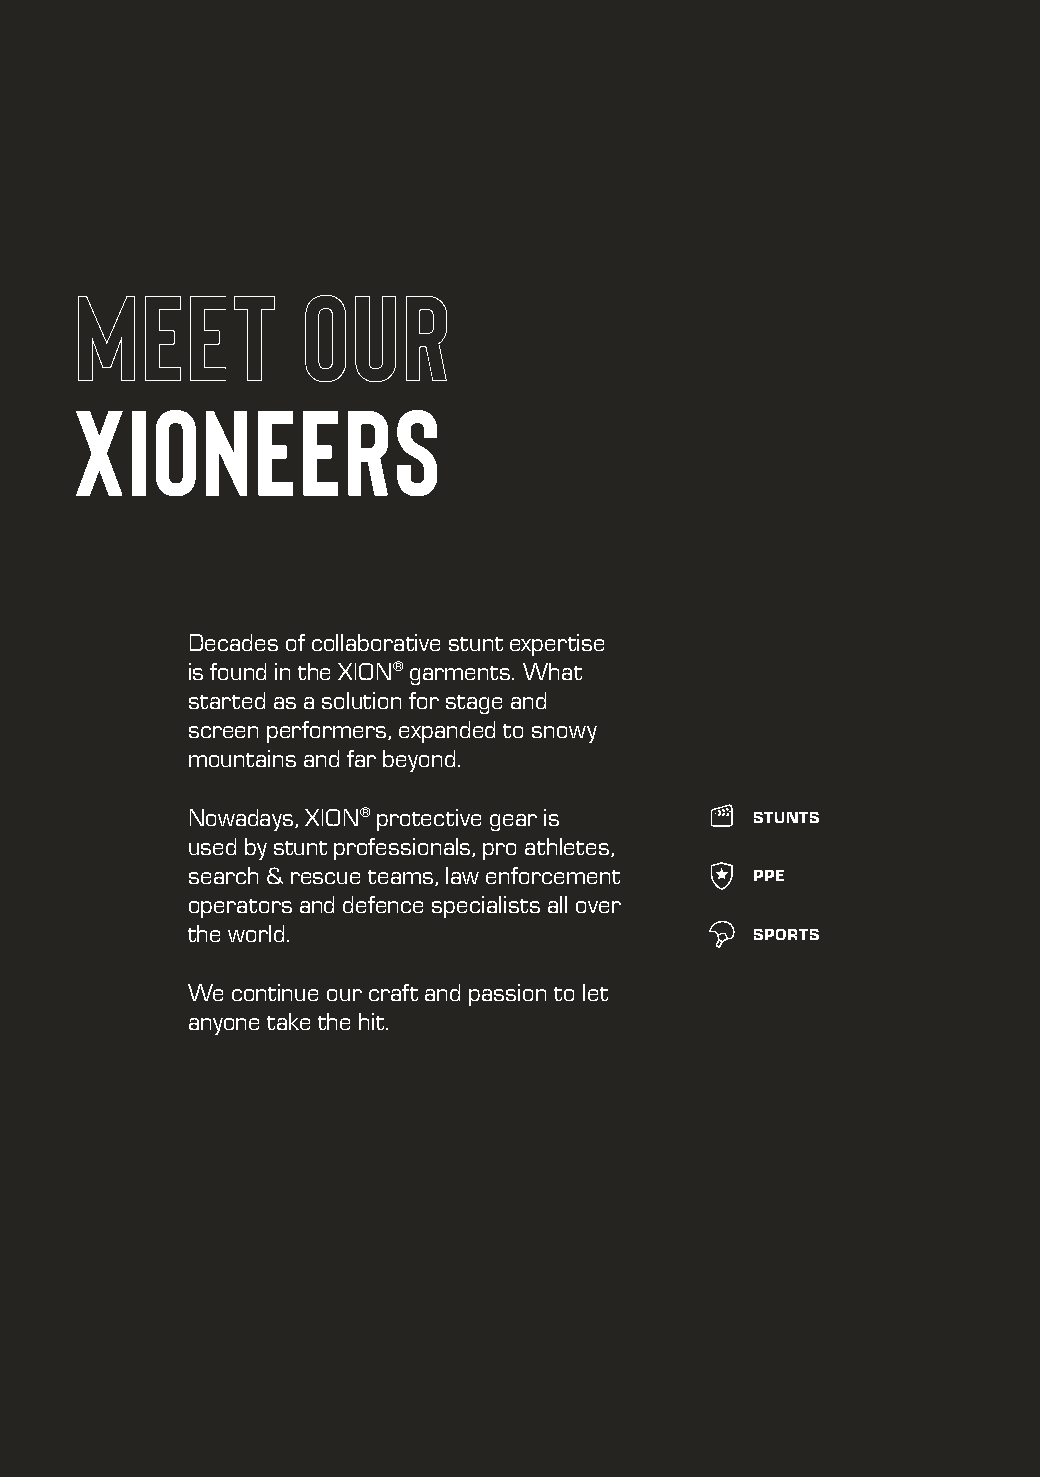
Meet           our
 Xioneers
 Decades of collaborative stunt expertise
 is found in the XION® garments. What
 started as a solution for stage and
 screen performers, expanded to snowy
 mountains and far beyond.
 Nowadays, XION® protective gear is    STUNTS
 used by stunt professionals, pro athletes,
 search & rescue teams, law enforcement PPE
 operators and defence specialists all over
 the world.                            SPORTS
 We continue our craft and passion to let
 anyone take the hit.